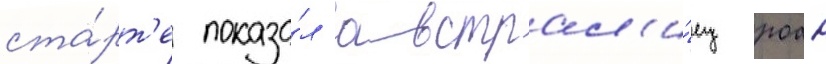
ста́рт'е показа́л австрал'и́ец роан